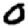
Digit: 0